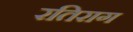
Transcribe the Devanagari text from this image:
रतिराग